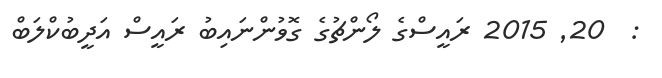
:  20